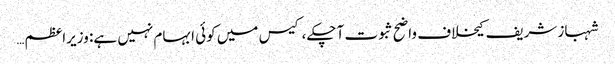
شہباز شریف کیخلاف واضح ثبوت آ چکے، کیس میں کوئی ابہام نہیں ہے: وزیراعظم…